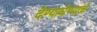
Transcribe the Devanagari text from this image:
देण्याघेण्याचे